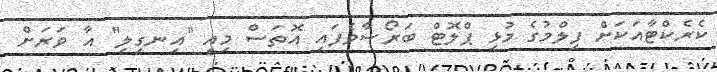
ކެރެކްޓާއަކަށް ފިލްމުގެ މުޅި ޕްލޮޓް ބަރޯސާވެފައި އޮތަސް މިއީ "އިނގިލި" އާ ވަރަށް